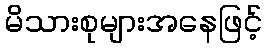
မိသားစုများအနေဖြင့်